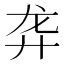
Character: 𱍁